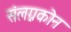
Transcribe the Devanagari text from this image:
संलग्नकोन